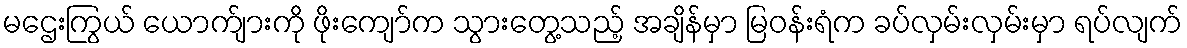
မဌေးကြွယ် ယောက်ျားကို ဖိုးကျော်က သွားတွေ့သည့် အချိန်မှာ မြဝန်းရံက ခပ်လှမ်းလှမ်းမှာ ရပ်လျက်